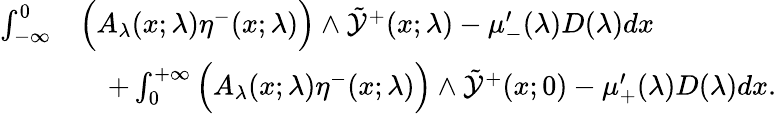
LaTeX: \begin{array}{rl}{\int_{-\infty}^{0}}&{\Big(A_{\lambda}(x;\lambda)\eta^{-}(x;\lambda)\Big)\wedge\tilde{\mathcal{Y}}^{+}(x;\lambda)-\mu_{-}^{\prime}(\lambda)D(\lambda)dx}\\ &{\quad+\int_{0}^{+\infty}\Big(A_{\lambda}(x;\lambda)\eta^{-}(x;\lambda)\Big)\wedge\tilde{\mathcal{Y}}^{+}(x;0)-\mu_{+}^{\prime}(\lambda)D(\lambda)dx.}\end{array}